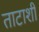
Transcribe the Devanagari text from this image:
ताटाशी